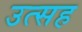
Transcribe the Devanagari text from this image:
उत्सह